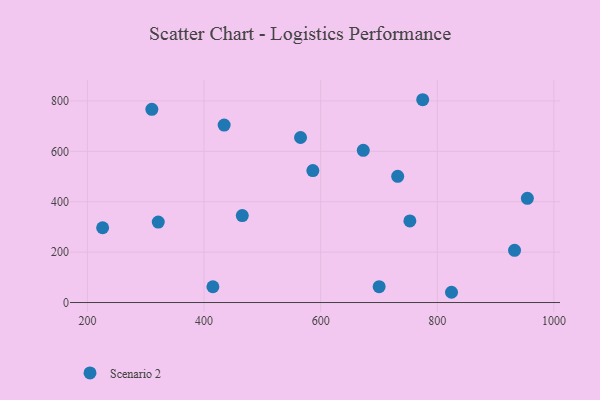
{"axis": {"x": "Price", "y": "Fuel Efficiency"}, "legend": ["Scenario 2"], "data": [{"x": "310.5", "y": 766.6, "type": "Scenario 2"}, {"x": "775.0", "y": 804.8, "type": "Scenario 2"}, {"x": "465.6", "y": 345.1, "type": "Scenario 2"}, {"x": "586.6", "y": 523.5, "type": "Scenario 2"}, {"x": "673.1", "y": 603.9, "type": "Scenario 2"}, {"x": "565.5", "y": 654.9, "type": "Scenario 2"}, {"x": "954.5", "y": 413.7, "type": "Scenario 2"}, {"x": "700.3", "y": 62.9, "type": "Scenario 2"}, {"x": "321.5", "y": 319.3, "type": "Scenario 2"}, {"x": "824.4", "y": 40.7, "type": "Scenario 2"}, {"x": "932.5", "y": 207.2, "type": "Scenario 2"}, {"x": "732.1", "y": 501.0, "type": "Scenario 2"}, {"x": "434.5", "y": 704.1, "type": "Scenario 2"}, {"x": "415.2", "y": 62.6, "type": "Scenario 2"}, {"x": "753.0", "y": 323.7, "type": "Scenario 2"}, {"x": "226.1", "y": 296.7, "type": "Scenario 2"}]}